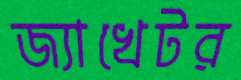
জ্যাখেটর